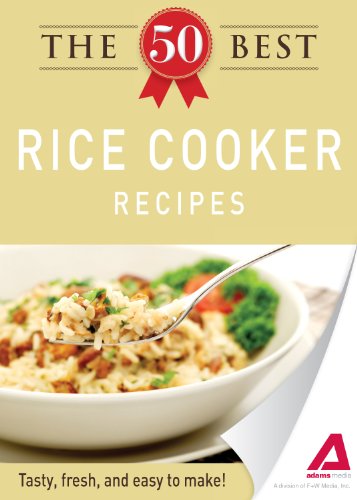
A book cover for The 50 Best Rice Cooker Recipes: Tasty, fresh, and easy to make!; Editors of Adams Media; Cookbooks, Food & Wine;